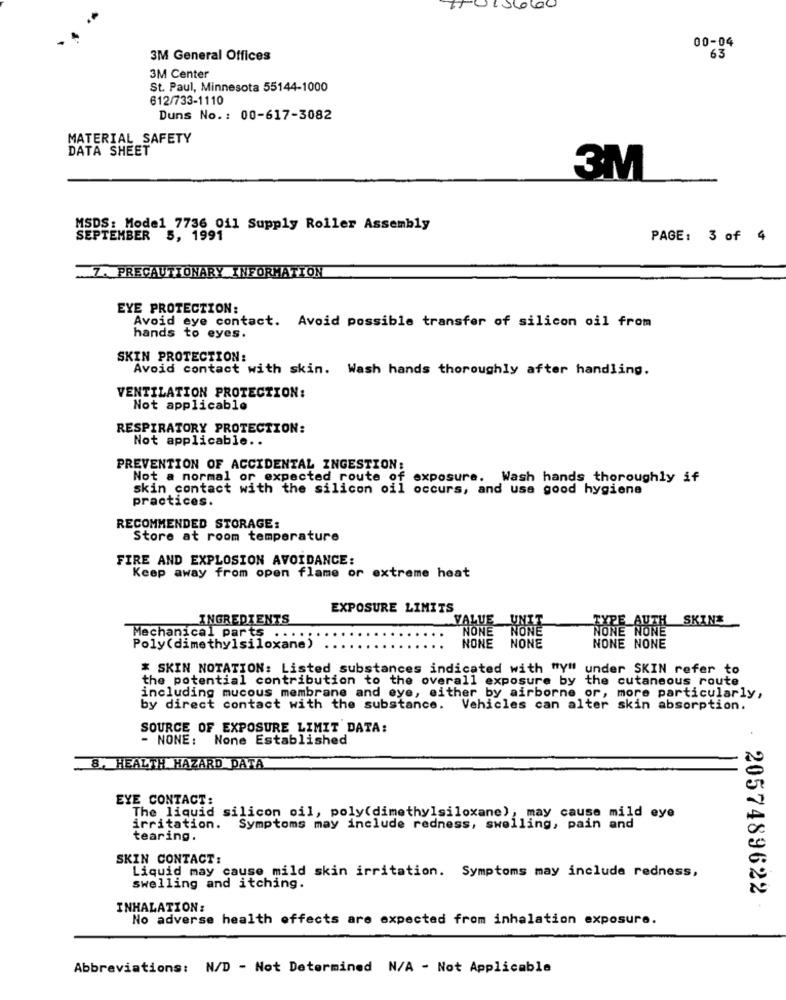
Coloc
00-04
3M General Offices
63
3M Center
St. Paul, Minnesota 55144-1000
612/733-1110
Duns No .: 00-617-3082
MATERIAL SAFETY
DATA SHEET
3M
MSDS: Model 7736 011 Supply Roller Assembly
SEPTEMBER 5, 1991
PAGE: 3 of 4
. Z. PRECAUTIONARY INFORMATION
EYE PROTECTION:
Avoid eye contact. Avoid possible transfer of silicon oil from
hands to eyes.
SKIN PROTECTION:
Avoid contact with skin. Wash hands thoroughly after handling.
VENTILATION PROTECTION:
Not applicable
RESPIRATORY PROTECTION:
Not applicable ..
PREVENTION OF ACCIDENTAL INGESTION:
Not a normal or expected route of exposure. Wash hands thoroughly if
skin contact with the silicon oil occurs, and use good hygiene
practices.
RECOMMENDED STORAGE:
Store at room temperature
FIRE AND EXPLOSION AVOIDANCE:
Keep away from open flame or extreme heat
EXPOSURE LIMITS
INGREDIENTS
SKIN
VALUE NON
NONE
NONE
TYPE AUNE
Mechanical parts .....
Poly(dimethylsiloxane)
NONE NONE
NONE NONE
* SKIN NOTATION: Listed substances indicated with "Y" under SKIN refer to
the potential contribution to the overall exposure by the cutaneous route
including mucous membrane and eye, either by airborne or, more particularly,
by direct contact with the substance. Vehicles can alter skin absorption.
SOURCE OF EXPOSURE LIMIT DATA:
- NONE: None Established
8. HEALTH HAZARD DATA
EYE CONTACT:
The liquid silicon oil, poly(dimethylsiloxane), may cause mild eye
irritation. Symptoms may include redness, swelling, pain and
tearing.
SKIN CONTACT:
Liquid may cause mild skin irritation. Symptoms may include redness,
swelling and itching.
2057489622
INHALATION:
No adverse health effects are expected from inhalation exposure.
Abbreviations: N/D - Not Determined N/A - Not Applicable